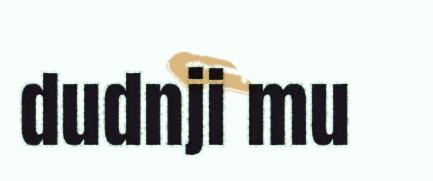
dudnji mu